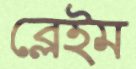
ব্লেইম